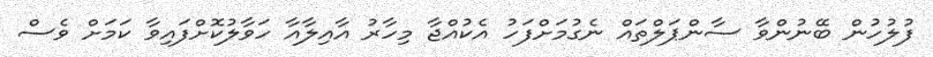
ފުލުހުން ބޭނުންވާ ސާންޕަލްތައް ނެގުމަށްފަހު އެކުއްޖާ މިހާރު އާއިލާއާ ހަވާލުކޮށްފައިވާ ކަމަށް ވެސް